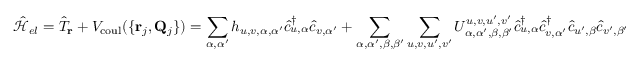
\mathcal { \hat { H } } _ { e l } = \hat { T } _ { \bf r } + V _ { \mathrm { c o u l } } ( \{ { { \bf r } _ { j } , { \bf Q } _ { j } } \} ) = \sum _ { \alpha , \alpha ^ { \prime } } h _ { u , v , \alpha , \alpha ^ { \prime } } \hat { c } _ { u , \alpha } ^ { \dagger } \hat { c } _ { v , \alpha ^ { \prime } } + \sum _ { \alpha , \alpha ^ { \prime } , \beta , \beta ^ { \prime } } \sum _ { u , v , u ^ { \prime } , v ^ { \prime } } U _ { \alpha , \alpha ^ { \prime } , \beta , \beta ^ { \prime } } ^ { u , v , u ^ { \prime } , v ^ { \prime } } \hat { c } _ { u , \alpha } ^ { \dagger } \hat { c } _ { v , \alpha ^ { \prime } } ^ { \dagger } \hat { c } _ { u ^ { \prime } , \beta } \hat { c } _ { v ^ { \prime } , \beta ^ { \prime } }